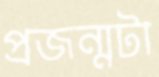
প্রজন্মটা